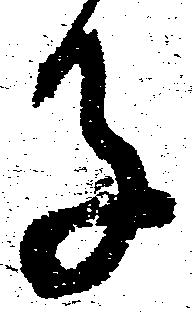
子